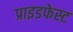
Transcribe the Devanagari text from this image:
प्राइडफेस्ट